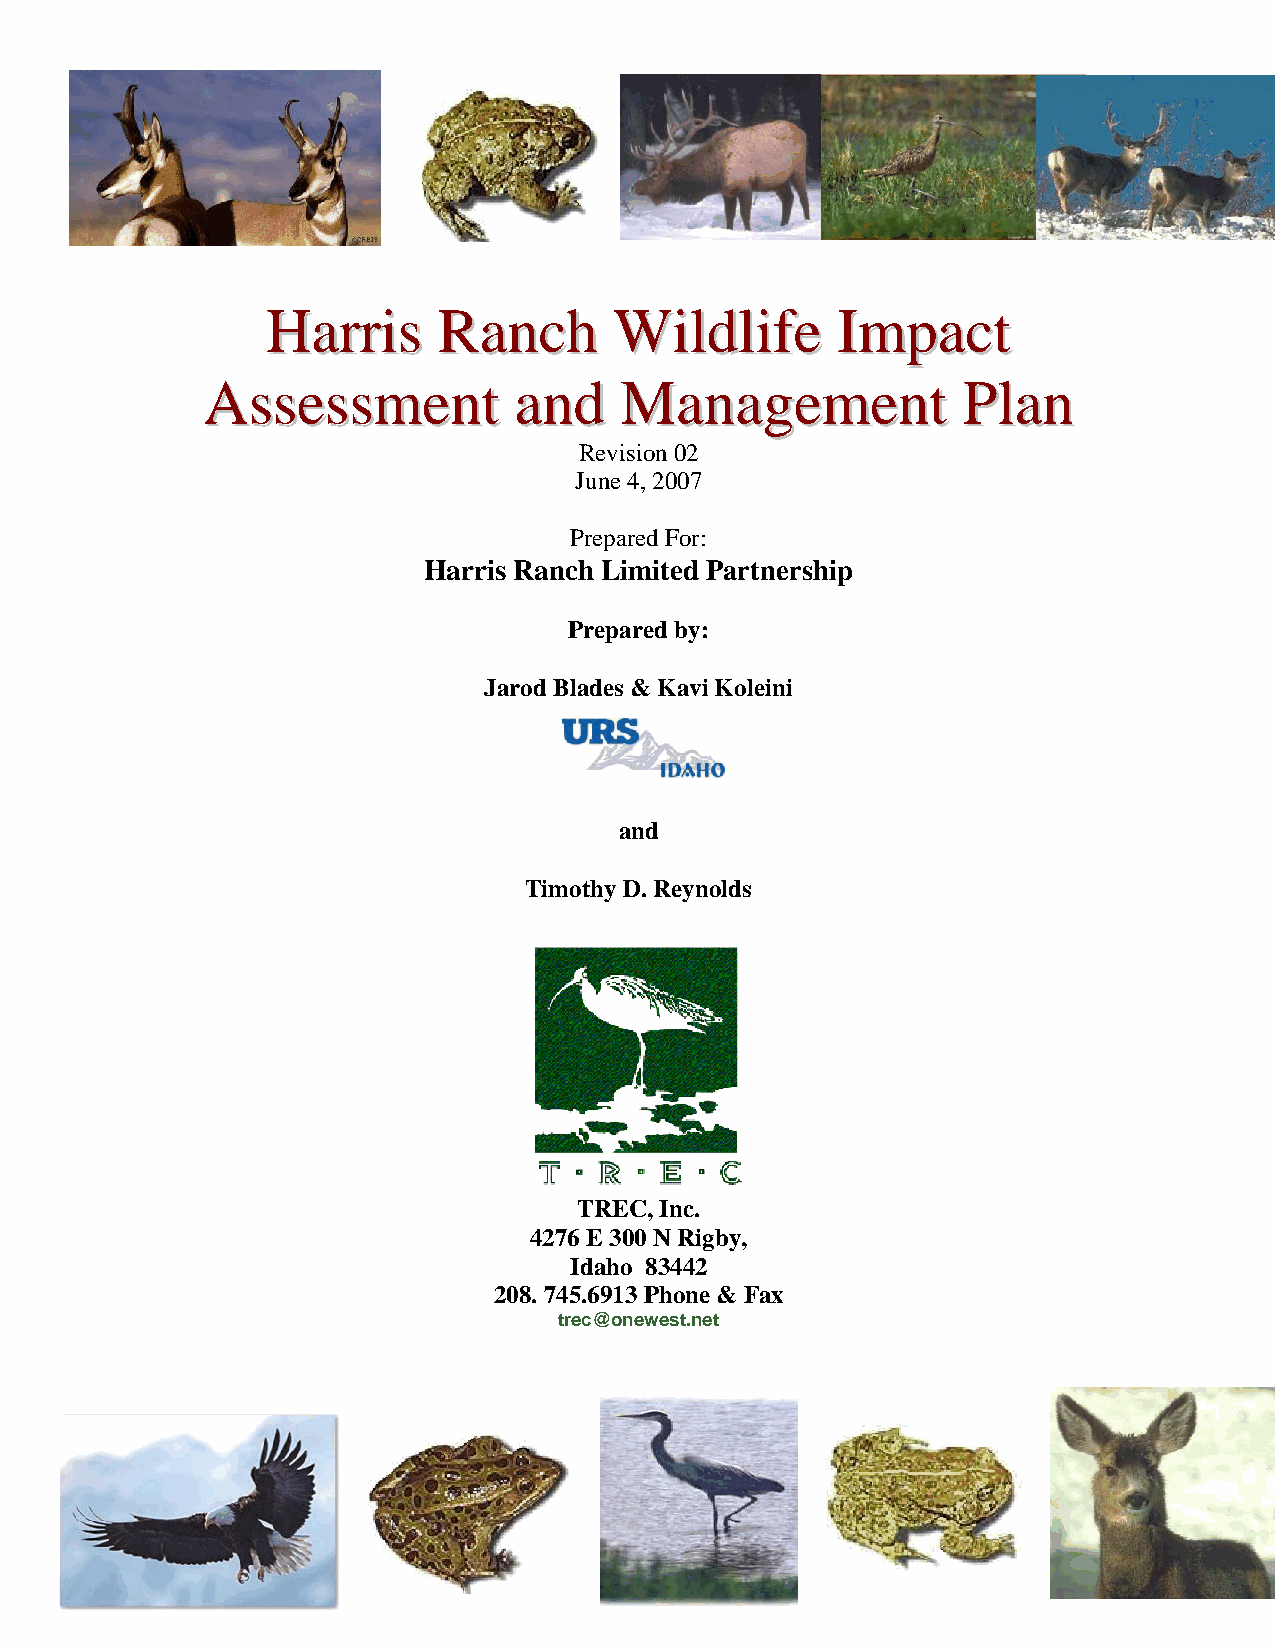
HHaarrrriiss RRaanncchh WWiillddlliiffee IImmppaacctt
 AAsssseessssmmeenntt aanndd MMaannaaggeemmeenntt   PPllaann
 Revision 02
 June 4, 2007
 Prepared For:
 Harris Ranch Limited Partnership
 Prepared by:
 Jarod Blades & Kavi Koleini
 and
 Timothy D. Reynolds
 TREC, Inc.
 4276 E 300 N Rigby,
 Idaho 83442
 208. 745.6913 Phone & Fax
 trec@onewest.net